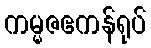
ကမ္မဇဧကန်ရုပ်